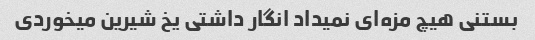
بستنی هیچ مزه‌ای نمیداد انگار داشتی یخ شیرین میخوردی